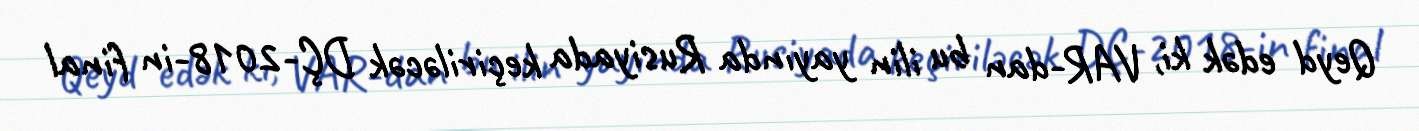
Qeyd edək ki, VAR-dan bu ilin yayında Rusiyada keçiriləcək DÇ-2018-in final